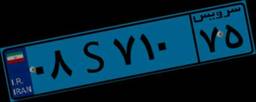
۵۴S۹۳۷۸۳